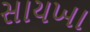
સાયખા